Problem: 44 + 94 = ?
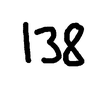
Handwritten answer: 138